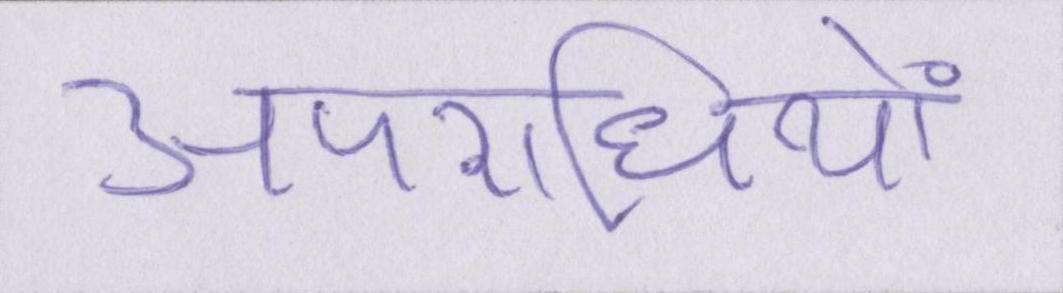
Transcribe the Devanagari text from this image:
अपराधियों